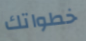
خطواتك